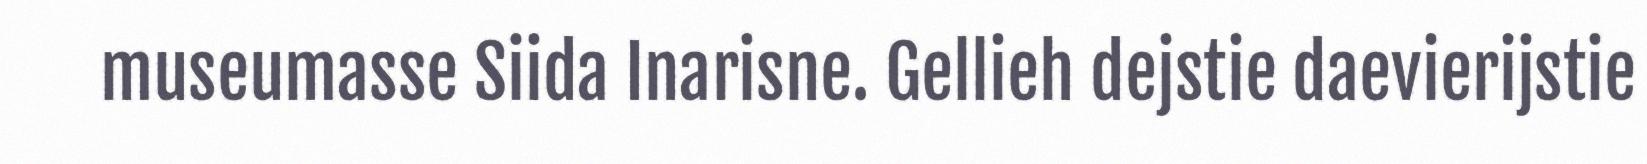
museumasse Siida Inarisne. Gellieh dejstie daevierijstie